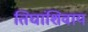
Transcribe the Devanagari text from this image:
तिघांशिवाय